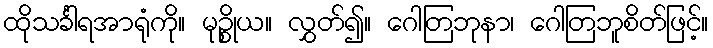
ထိုသင်္ခါရအာရုံကို။ မုဉ္စိုယ။ လွှတ်၍။ ဂေါတြဘုနာ၊ ဂေါတြဘူစိတ်ဖြင့်။